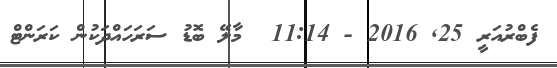
ފެބްރުއަރީ 25